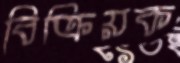
বিক্রিয়ক